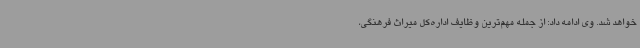
خواهد شد. وی ادامه داد: از جمله مهم‌ترین وظایف اداره‌کل میراث فرهنگی،